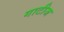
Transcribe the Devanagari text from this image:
गाटीज